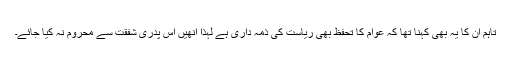
تاہم ان کا یہ بھی کہنا تھا کہ عوام کا تحفظ بھی ریاست کی ذمہ داری ہے لہذا انھیں اس پدری شفقت سے محروم نہ کیا جائے۔